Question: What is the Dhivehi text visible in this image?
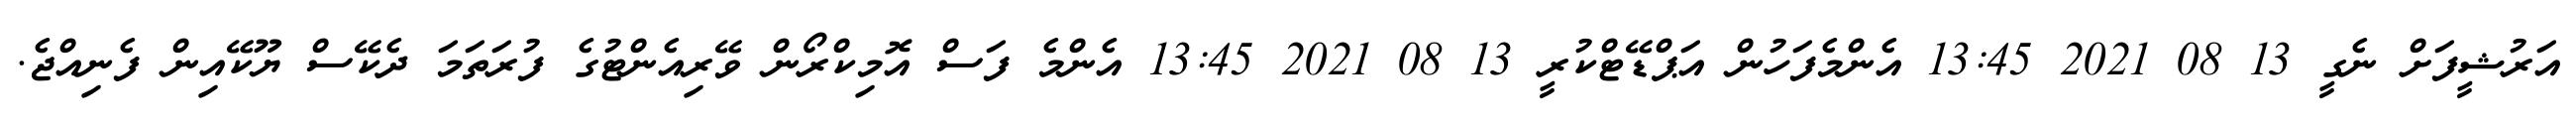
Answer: އަރުޝީފަށް ނެގީ 13 08 2021 13:45 އެންމެފަހުން އަޕްޑޭޓްކުރީ 13 08 2021 13:45 އެންމެ ފަސް އޮމިކްރޯން ވޭރިއެންޓުގެ ފުރަތަމަ ދެކޭސް ޔޫކޭއިން ފެނިއްޖެ.